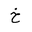
Letter: _kha